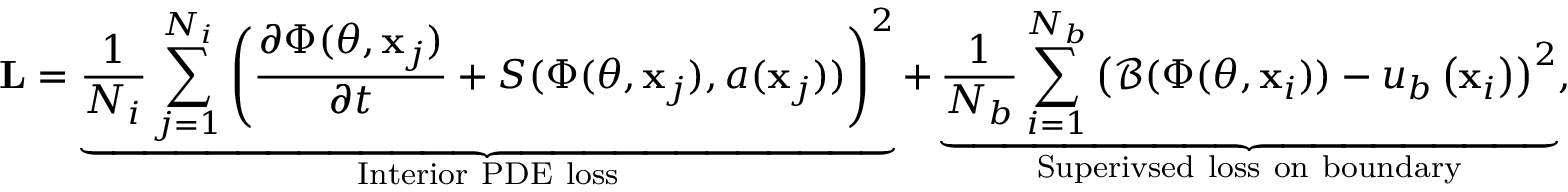
\mathbf { L } = \underbrace { \frac { 1 } { N _ { i } } \sum _ { j = 1 } ^ { N _ { i } } \left( \frac { \partial \Phi ( \theta , \mathbf { x } _ { j } ) } { \partial t } + S ( \Phi ( \theta , \mathbf { x } _ { j } ) , a ( \mathbf { x } _ { j } ) ) \right) ^ { 2 } } _ { \mathrm { I n t e r i o r ~ P D E ~ l o s s } } + \underbrace { \frac { 1 } { N _ { b } } \sum _ { i = 1 } ^ { N _ { b } } \left( \mathcal { B } ( \Phi ( \theta , \mathbf { x } _ { i } ) ) - u _ { b } \left( \mathbf { x } _ { i } \right) \right) ^ { 2 } } _ { \mathrm { S u p e r i v s e d ~ l o s s ~ o n ~ b o u n d a r y } } ,